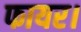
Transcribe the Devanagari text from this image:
फायर।